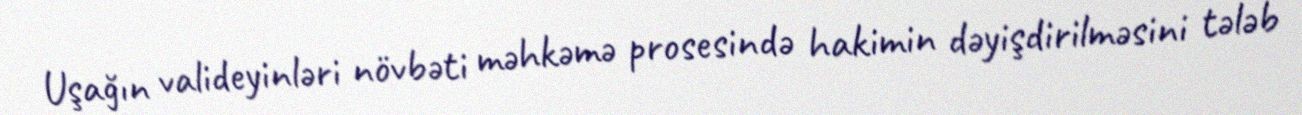
Uşağın valideyinləri növbəti məhkəmə prosesində hakimin dəyişdirilməsini tələb